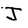
Character: J